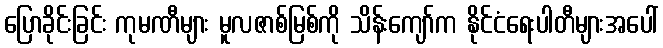
ပြောခိုင်းခြင်း ကုမဏီများ မူလဇာစ်မြစ်ကို သိန်းကျော်က နိုင်ငံရေးပါတီများအပေါ်